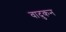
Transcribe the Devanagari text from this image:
वादुकन